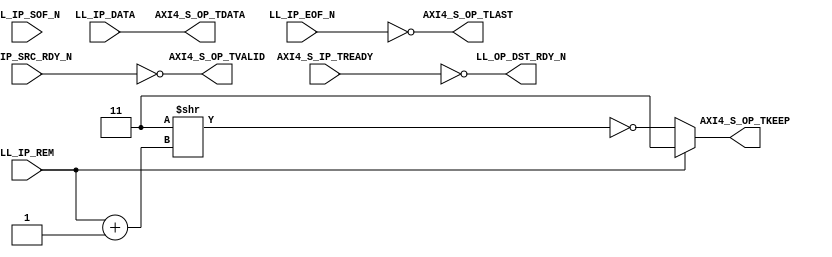
///////////////////////////////////////////////////////////////////////////////
// (c) Copyright 2010 Xilinx, Inc. All rights reserved.
//
// This file contains confidential and proprietary information
// of Xilinx, Inc. and is protected under U.S. and
// international copyright and other intellectual property
// laws.
//
// DISCLAIMER
// This disclaimer is not a license and does not grant any
// rights to the materials distributed herewith. Except as
// otherwise provided in a valid license issued to you by
// Xilinx, and to the maximum extent permitted by applicable
// law: (1) THESE MATERIALS ARE MADE AVAILABLE "AS IS" AND
// WITH ALL FAULTS, AND XILINX HEREBY DISCLAIMS ALL WARRANTIES
// AND CONDITIONS, EXPRESS, IMPLIED, OR STATUTORY, INCLUDING
// BUT NOT LIMITED TO WARRANTIES OF MERCHANTABILITY, NON-
// INFRINGEMENT, OR FITNESS FOR ANY PARTICULAR PURPOSE; and
// (2) Xilinx shall not be liable (whether in contract or tort,
// including negligence, or under any other theory of
// liability) for any loss or damage of any kind or nature
// related to, arising under or in connection with these
// materials, including for any direct, or any indirect,
// special, incidental, or consequential loss or damage
// (including loss of data, profits, goodwill, or any type of
// loss or damage suffered as a result of any action brought
// by a third party) even if such damage or loss was
// reasonably foreseeable or Xilinx had been advised of the
// possibility of the same.
//
// CRITICAL APPLICATIONS
// Xilinx products are not designed or intended to be fail-
// safe, or for use in any application requiring fail-safe
// performance, such as life-support or safety devices or
// systems, Class III medical devices, nuclear facilities,
// applications related to the deployment of airbags, or any
// other applications that could lead to death, personal
// injury, or severe property or environmental damage
// (individually and collectively, "Critical
// Applications"). Customer assumes the sole risk and
// liability of any use of Xilinx products in Critical
// Applications, subject only to applicable laws and
// regulations governing limitations on product liability.
//
// THIS COPYRIGHT NOTICE AND DISCLAIMER MUST BE RETAINED AS
// PART OF THIS FILE AT ALL TIMES.
// 
// 
///////////////////////////////////////////////////////////////////////////////
//
//  LL_TO_AXI
//
//
//  Description: This light wrapper/shim convertes Legacy LocalLink interface
//               signals to AXI-4 Stream protocol signals
//
//
///////////////////////////////////////////////////////////////////////////////

`timescale 1 ns/1 ps
(* core_generation_info = "aurora_8b10b_2,aurora_8b10b_v6_2,{user_interface=AXI_4_Streaming, backchannel_mode=Sidebands, c_aurora_lanes=1, c_column_used=None, c_gt_clock_1=GTPD0, c_gt_clock_2=None, c_gt_loc_1=1, c_gt_loc_10=X, c_gt_loc_11=X, c_gt_loc_12=X, c_gt_loc_13=X, c_gt_loc_14=X, c_gt_loc_15=X, c_gt_loc_16=X, c_gt_loc_17=X, c_gt_loc_18=X, c_gt_loc_19=X, c_gt_loc_2=X, c_gt_loc_20=X, c_gt_loc_21=X, c_gt_loc_22=X, c_gt_loc_23=X, c_gt_loc_24=X, c_gt_loc_25=X, c_gt_loc_26=X, c_gt_loc_27=X, c_gt_loc_28=X, c_gt_loc_29=X, c_gt_loc_3=X, c_gt_loc_30=X, c_gt_loc_31=X, c_gt_loc_32=X, c_gt_loc_33=X, c_gt_loc_34=X, c_gt_loc_35=X, c_gt_loc_36=X, c_gt_loc_37=X, c_gt_loc_38=X, c_gt_loc_39=X, c_gt_loc_4=X, c_gt_loc_40=X, c_gt_loc_41=X, c_gt_loc_42=X, c_gt_loc_43=X, c_gt_loc_44=X, c_gt_loc_45=X, c_gt_loc_46=X, c_gt_loc_47=X, c_gt_loc_48=X, c_gt_loc_5=X, c_gt_loc_6=X, c_gt_loc_7=X, c_gt_loc_8=X, c_gt_loc_9=X, c_lane_width=4, c_line_rate=3.125, c_nfc=false, c_nfc_mode=IMM, c_refclk_frequency=156.25, c_simplex=false, c_simplex_mode=TX, c_stream=true, c_ufc=false, flow_mode=None, interface_mode=Streaming, dataflow_config=Duplex}" *)
module aurora_8b10b_2_LL_TO_AXI #
(
    parameter            DATA_WIDTH         = 16, // DATA bus width
    parameter            STRB_WIDTH         = 2, // STROBE bus width
    parameter            USE_UFC_REM        = 0, // UFC REM bus width identifier 
    parameter            REM_WIDTH          = 1 // REM bus width
    
)
(

    // LocalLink input Interface
    LL_IP_DATA,
    LL_IP_SOF_N,
    LL_IP_EOF_N,
    LL_IP_REM,
    LL_IP_SRC_RDY_N,
    LL_OP_DST_RDY_N,

    // AXI4-S output signals
    AXI4_S_OP_TVALID,
    AXI4_S_OP_TDATA,
    AXI4_S_OP_TKEEP,
    AXI4_S_OP_TLAST,
    AXI4_S_IP_TREADY

);

`define DLY #1

//***********************************Port Declarations*******************************

    // AXI4-Stream TX Interface
    output     [0:(DATA_WIDTH-1)]     AXI4_S_OP_TDATA;
    output     [0:(STRB_WIDTH-1)]     AXI4_S_OP_TKEEP;
    output                            AXI4_S_OP_TVALID;
    output                            AXI4_S_OP_TLAST;
    input                             AXI4_S_IP_TREADY;


    // LocalLink TX Interface
    input      [0:(DATA_WIDTH-1)]     LL_IP_DATA;
    input      [0:(REM_WIDTH-1)]      LL_IP_REM;
    input                             LL_IP_SOF_N;
    input                             LL_IP_EOF_N;
    input                             LL_IP_SRC_RDY_N;
    output                            LL_OP_DST_RDY_N;

//*********************************Main Body of Code**********************************

   
   assign AXI4_S_OP_TDATA  = LL_IP_DATA;
   assign AXI4_S_OP_TVALID = !LL_IP_SRC_RDY_N;
   assign AXI4_S_OP_TLAST  = !LL_IP_EOF_N;

   assign AXI4_S_OP_TKEEP  = (LL_IP_REM == {REM_WIDTH{1'b1}})? ({STRB_WIDTH{1'b1}}) :
                             (~({STRB_WIDTH{1'b1}}>>(LL_IP_REM + 1'b1)));

   assign LL_OP_DST_RDY_N  = !AXI4_S_IP_TREADY;

endmodule